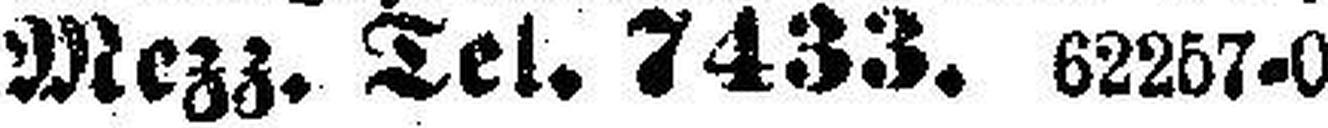
Mezz. Tel. 7433. 62257=0